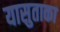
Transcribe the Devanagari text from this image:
यासुताका